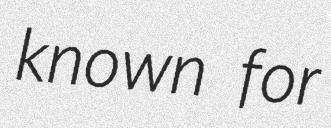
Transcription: known for